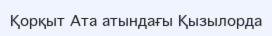
Қорқыт Ата атындағы Қызылорда